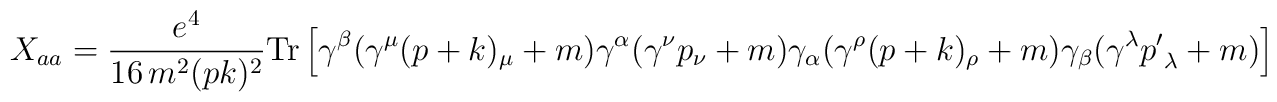
X_{aa} = {e^4 \over 16\, m^2 (pk)^2 } {\rm Tr} \left[ \gamma^{\beta} (\gamma^{\mu} (p + k)_{\mu} + m)\gamma^{\alpha} ( \gamma^{\nu} p_{\nu} + m) \gamma_{\alpha} (\gamma^{\rho}(p + k)_{\rho} + m)\gamma_{\beta} ( \gamma^{\lambda} {p'}_{\lambda} + m) \right]